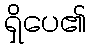
ရှိပေ၏